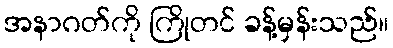
အနာဂတ်ကို ကြိုတင် ခန့်မှန်းသည်။